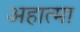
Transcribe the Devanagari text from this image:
अहात्मा